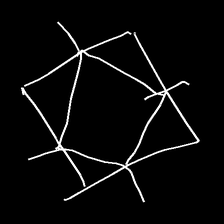
Glyph: light